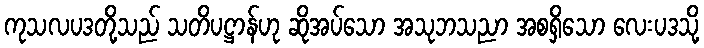
ကုသလပဒတို့သည် သတိပဋ္ဌာန်ဟု ဆိုအပ်သော အသုဘသညာ အစရှိသော လေးပဒသို့